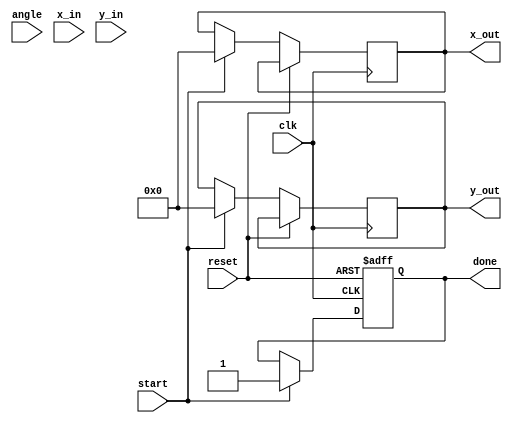
module pipelined_cordic (
    input wire clk,
    input wire reset,
    input wire start,
    input wire [15:0] angle,  // Fixed-point representation of angle 
    input wire [15:0] x_in,    // Initial X coordinate
    input wire [15:0] y_in,    // Initial Y coordinate
    output reg [15:0] x_out,   // Rotated X coordinate
    output reg [15:0] y_out,   // Rotated Y coordinate
    output reg done            // Indicates completion of operation
);

    // CORDIC parameters
    parameter NUM_STAGES = 16; // Number of stages in the pipeline
    reg [15:0] x [0:NUM_STAGES-1]; // Pipeline registers for X
    reg [15:0] y [0:NUM_STAGES-1]; // Pipeline registers for Y
    reg [15:0] z [0:NUM_STAGES-1]; // Pipeline registers for angle
    reg [15:0] angle_table [0:NUM_STAGES-1]; // Precomputed arctan(2^-i)
    reg [NUM_STAGES-1:0] stage_done; // Stage completion flags

    // Scaling factor (constant for CORDIC)
    parameter SCALING_FACTOR = 16'h26DD; // 0.60725 in fixed-point

    // Initialize angle table
    initial begin
        angle_table[0] = 16'h3C90; // atan(2^0)
        angle_table[1] = 16'h3C23; // atan(2^-1)
        angle_table[2] = 16'h3B6D; // atan(2^-2)
        angle_table[3] = 16'h3AD8; // atan(2^-3)
        // ... Fill in the rest of the angle table
        angle_table[NUM_STAGES-1] = 16'h0000; // atan(2^-15)
    end

    // Control logic
    integer i;
    always @(posedge clk or posedge reset) begin
        if (reset) begin
            done <= 0;
            for (i = 0; i < NUM_STAGES; i = i + 1) begin
                x[i] <= 0;
                y[i] <= 0;
                z[i] <= 0;
                stage_done[i] <= 0;
            end
        end else if (start) begin
            x[0] <= x_in;
            y[0] <= y_in;
            z[0] <= angle;
            for (i = 1; i < NUM_STAGES; i = i + 1) begin
                x[i] <= x[i-1] - (y[i-1] >>> i);
                y[i] <= y[i-1] + (x[i-1] >>> i);
                z[i] <= z[i-1] - angle_table[i-1];
                stage_done[i] <= 1;
            end
            // Final stage output
            x_out <= x[NUM_STAGES-1] * SCALING_FACTOR >>> 16; // Apply scaling
            y_out <= y[NUM_STAGES-1] * SCALING_FACTOR >>> 16; // Apply scaling
            done <= 1;
        end
    end

endmodule